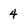
Character: 4